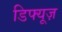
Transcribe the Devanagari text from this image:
डिफ्यूज़